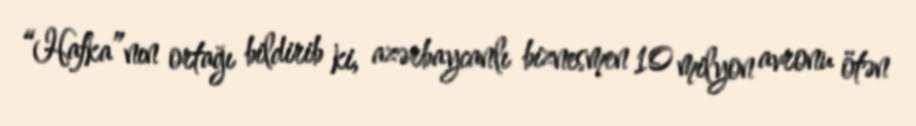
“Hafka”nın ortağı bildirib ki, azərbaycanlı biznesmen 10 milyon avronu ötən